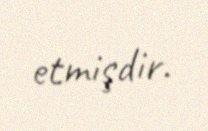
etmişdir.